18_6369445_General_1948_Vol_1
Agency: Department of War
Incident date: 6/15/48
Page 5
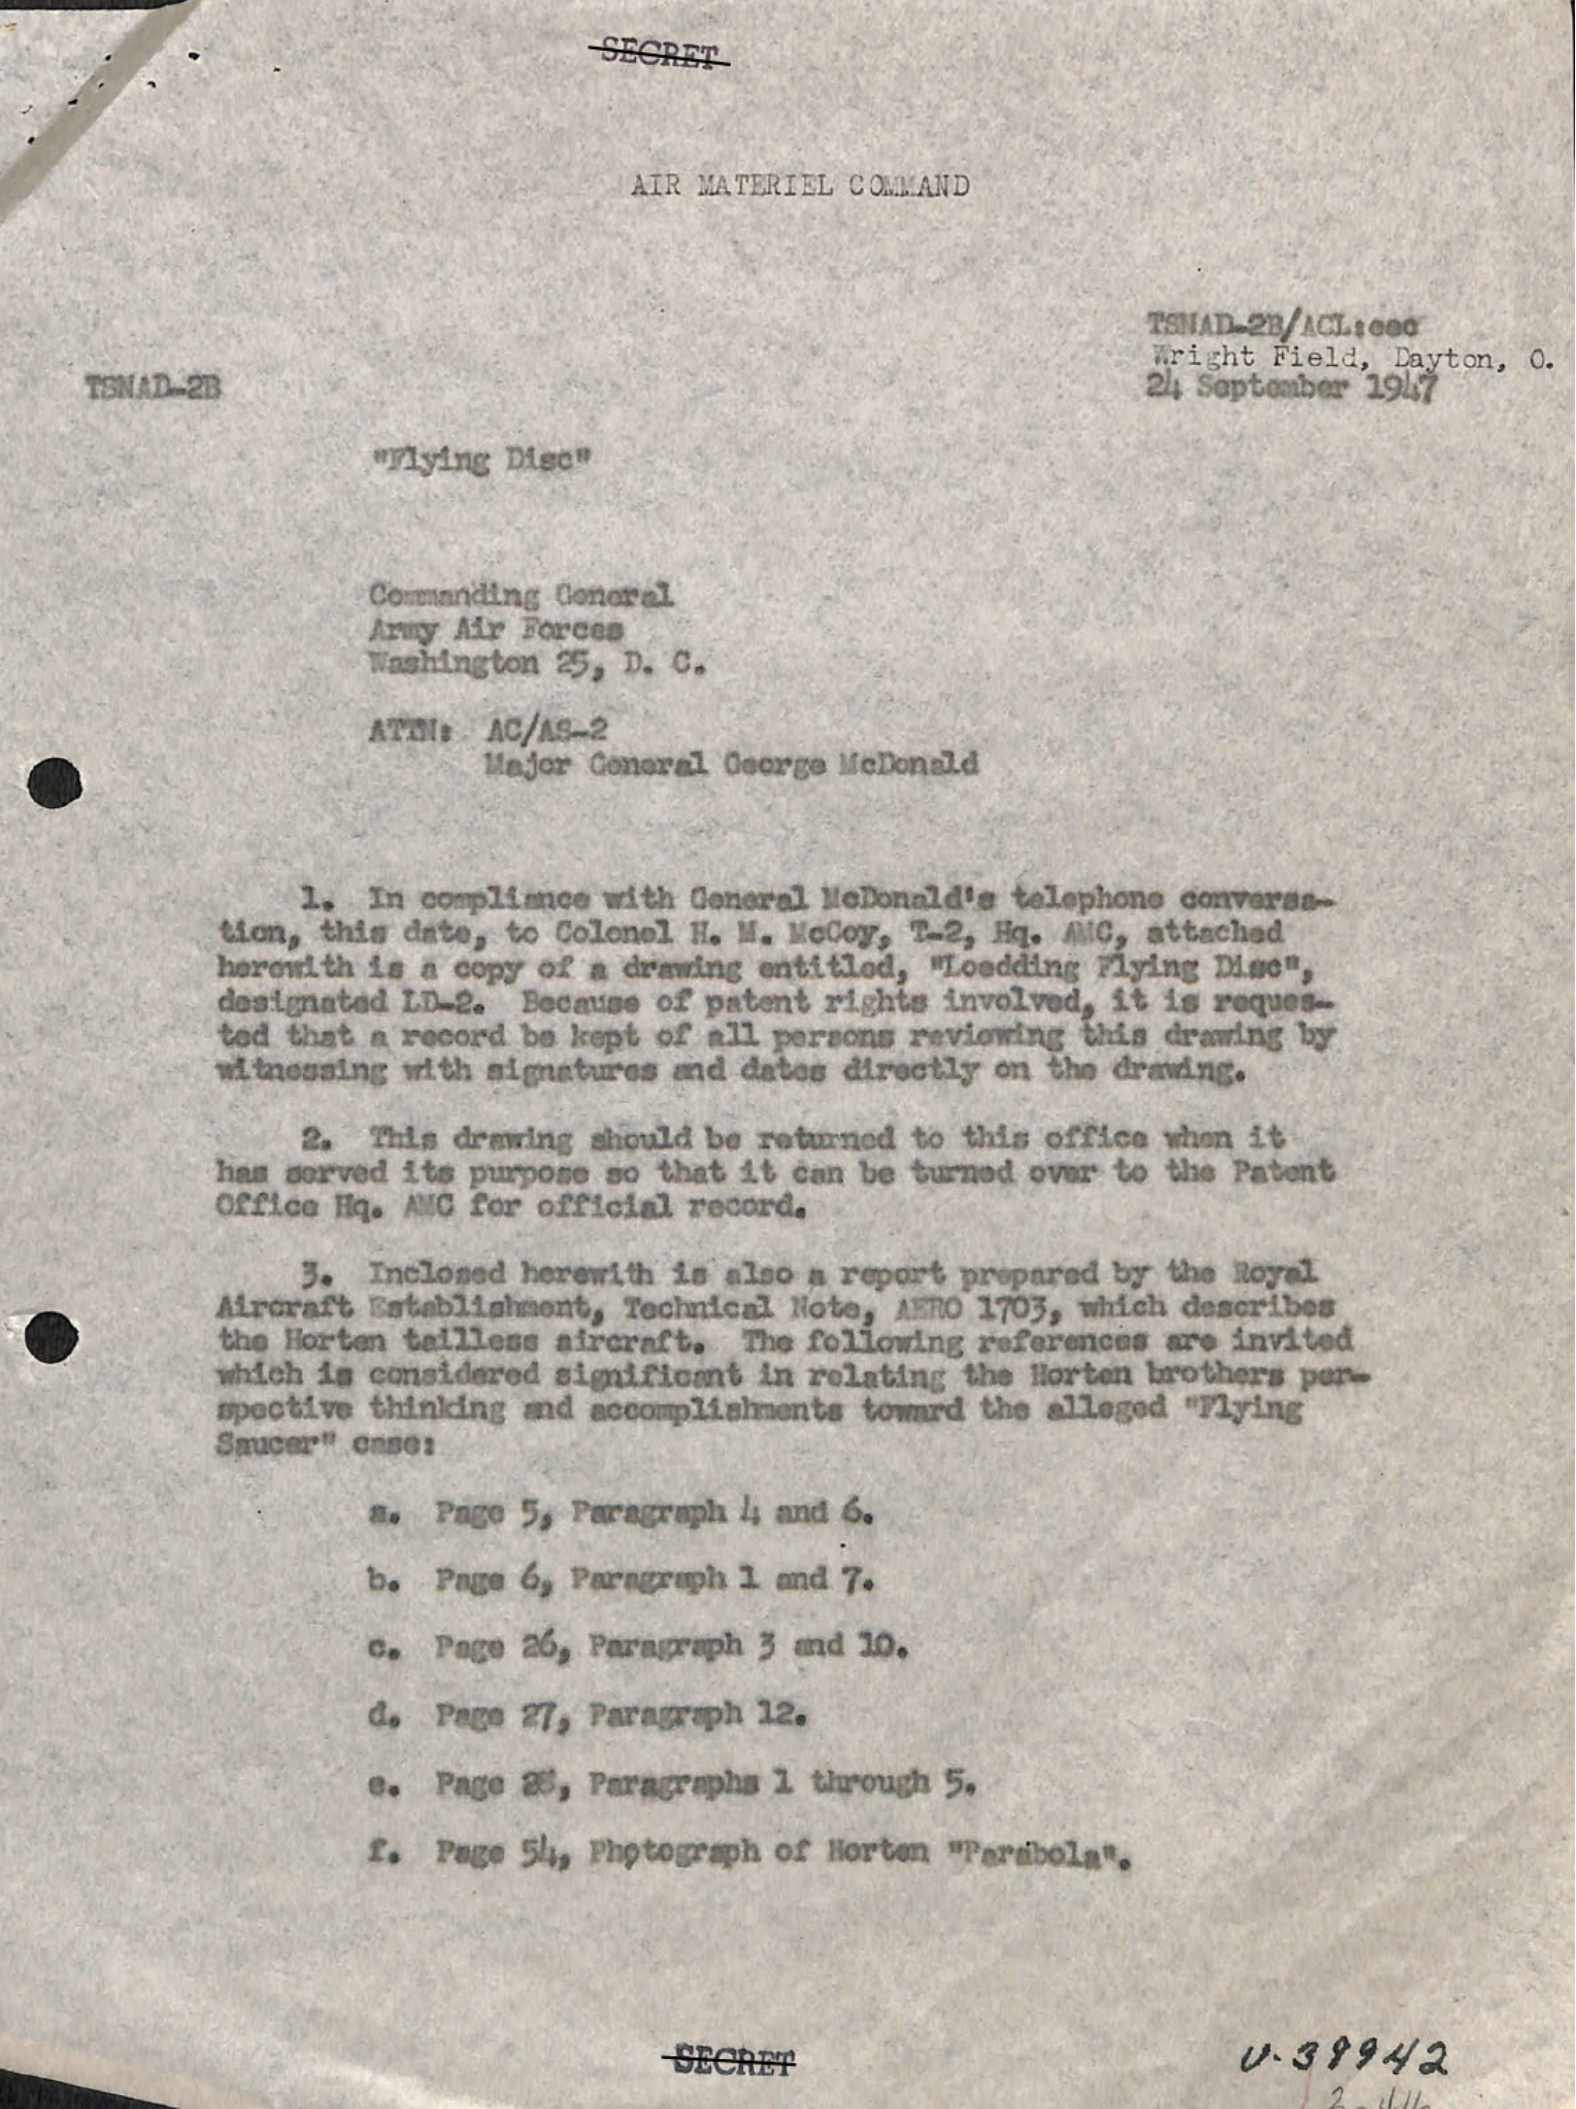